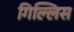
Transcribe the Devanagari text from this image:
गिल्लिस